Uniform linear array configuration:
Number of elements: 12
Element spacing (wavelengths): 0.5
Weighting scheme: blackman
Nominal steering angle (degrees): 30
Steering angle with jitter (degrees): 28.485
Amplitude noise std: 0.05
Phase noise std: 0.05

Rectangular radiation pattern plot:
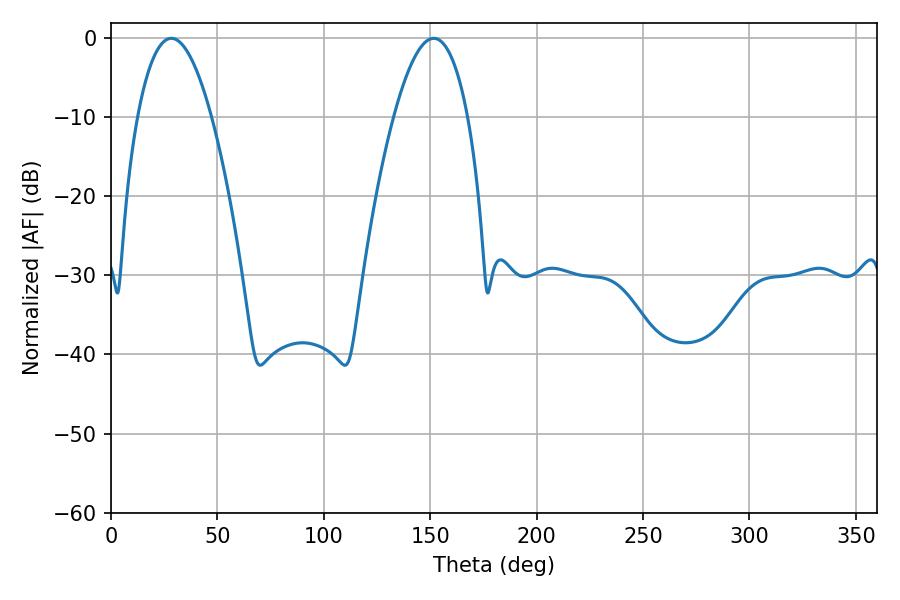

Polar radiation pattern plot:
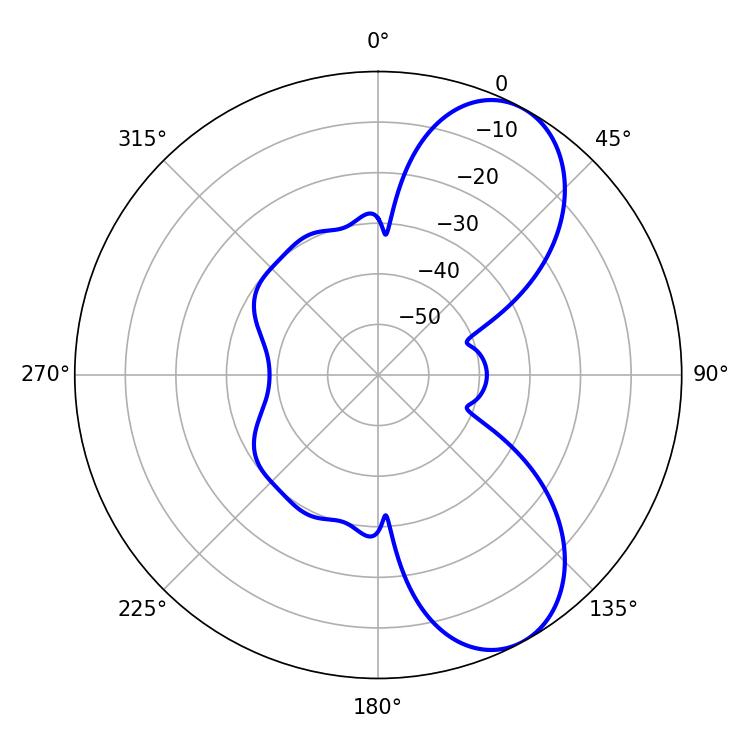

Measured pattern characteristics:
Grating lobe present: FALSE
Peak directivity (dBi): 7.631
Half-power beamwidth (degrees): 19.08
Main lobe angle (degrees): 28.26